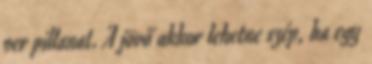
per pillanat. A jövő akkor lehetne szép, ha egy